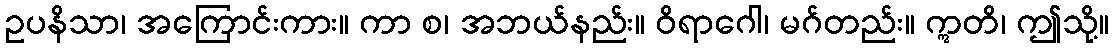
ဥပနိသာ၊ အကြောင်းကား။ ကာ စ၊ အဘယ်နည်း။ ဝိရာဂေါ၊ မဂ်တည်း။ ဣတိ၊ ဤသို့။